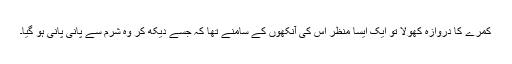
کمرے کا دروازہ کھولا تو ایک ایسا منظر اس کی آنکھوں کے سامنے تھا کہ جسے دیکھ کر وہ شرم سے پانی پانی ہو گیا۔